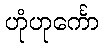
ဟုံဟုင်္ကော